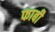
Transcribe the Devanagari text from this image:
फाबी